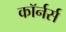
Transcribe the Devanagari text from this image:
कॉर्नर्स